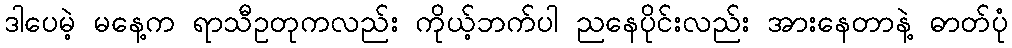
ဒါပေမဲ့ မနေ့က ရာသီဥတုကလည်း ကိုယ့်ဘက်ပါ ညနေပိုင်းလည်း အားနေတာနဲ့ ဓာတ်ပုံ